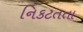
નિકટતતા